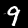
Label: 9